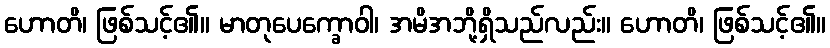
ဟောတိ၊ ဖြစ်သင့်၏။ မာတုပေက္ခောဝါ၊ အမိအဘို့ရှိသည်လည်း။ ဟောတိ၊ ဖြစ်သင့်၏။